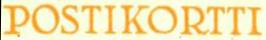
POSTIKORTTI